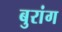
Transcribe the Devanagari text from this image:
बुरांग